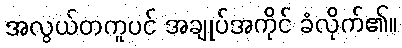
အလွယ်တကူပင် အချုပ်အကိုင် ခံလိုက်၏။